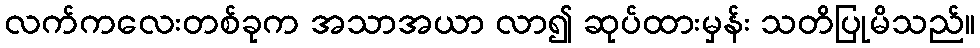
လက်ကလေးတစ်ခုက အသာအယာ လာ၍ ဆုပ်ထားမှန်း သတိပြုမိသည်။